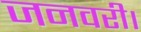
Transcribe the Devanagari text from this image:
जनवरी।